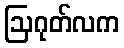
ဩဂုတ်လက